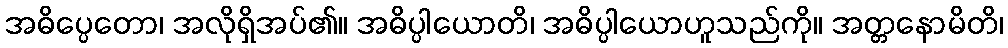
အဓိပ္ပေတော၊ အလိုရှိအပ်၏။ အဓိပ္ပါယောတိ၊ အဓိပ္ပါယောဟူသည်ကို။ အတ္တနောမိတိ၊